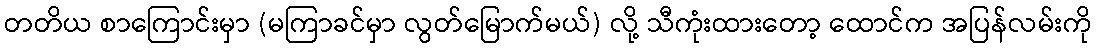
တတိယ စာကြောင်းမှာ (မကြာခင်မှာ လွတ်မြောက်မယ်) လို့ သီကုံးထားတော့ ထောင်က အပြန်လမ်းကို